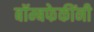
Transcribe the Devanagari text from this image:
बॉम्बफेकींनी